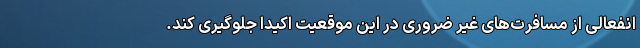
انفعالی از مسافرت‌‌های غیر ضروری در این موقعیت اکیدا جلوگیری کند.